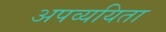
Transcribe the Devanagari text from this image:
अपव्ययिता